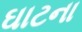
ઘાટના